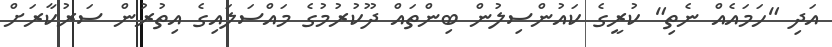
އަދި "ހަމައެއް ނެތި" ކުރީގެ ކައުންސިލުން ބިންތައް ދޫކުރުމުގެ މައްސަލައިގެ އިތުރުން ސަރުކާރަށް